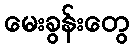
မေးခွန်းတွေ